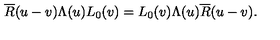
\overline { R } ( u - v ) \Lambda ( u ) L _ { 0 } ( v ) = L _ { 0 } ( v ) \Lambda ( u ) \overline { R } ( u - v ) .